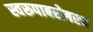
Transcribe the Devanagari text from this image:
स्वरूपाबरोबरच